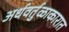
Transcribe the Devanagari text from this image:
अर्धवर्तुळाकारात